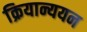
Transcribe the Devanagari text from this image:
क्रियान्ययन